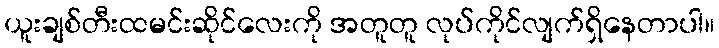
ယူးချစ်တီးထမင်းဆိုင်လေးကို အတူတူ လုပ်ကိုင်လျက်ရှိနေတာပါ။